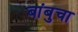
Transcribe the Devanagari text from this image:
बांबुचा